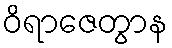
ဝိရာဇေတွာန